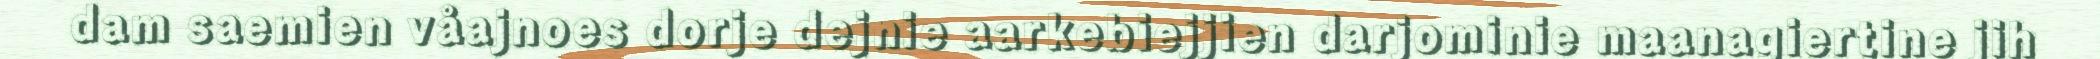
dam saemien våajnoes dorje dejnie aarkebiejjien darjominie maanagiertine jih